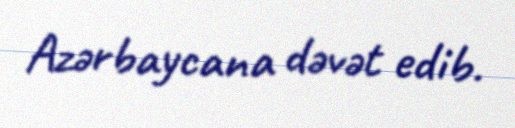
Azərbaycana dəvət edib.